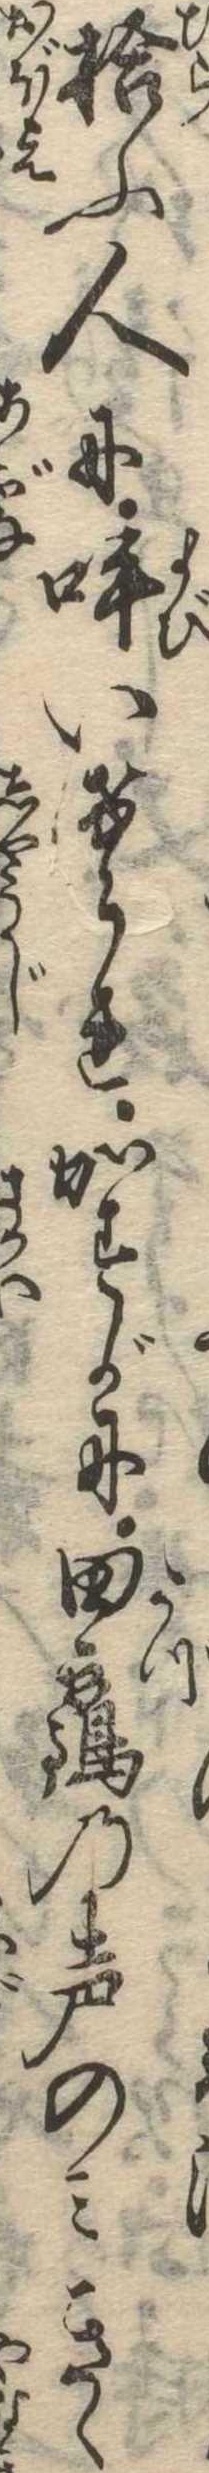
拾ふ人に呼いけられかすかに田鶴の声のみきゝ